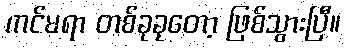
ကင်မရာ တစ်ခုခုတော့ ဖြစ်သွားပြီ။